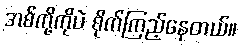
အစ်ကို့ကိုပဲ စိုက်ကြည့်နေတယ်။